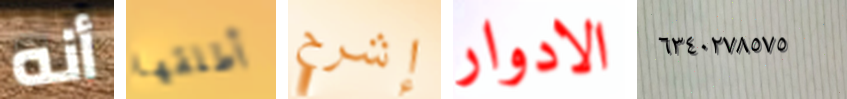
أنه أطلقها إشرح الادوار ٦٣٤٠٢٧٨٥٧٥